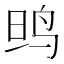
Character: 𱉗